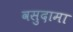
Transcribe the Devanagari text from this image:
वसुदामा